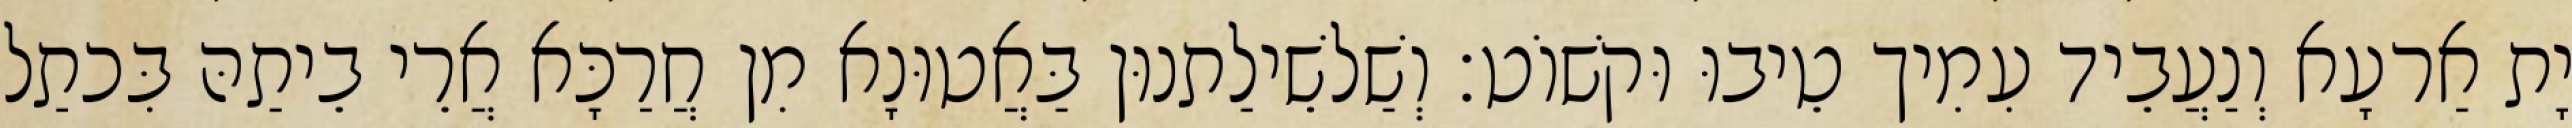
יָת אַרעָא וְנַעֲבֵיד עִמִיך טֵיבוּ וּקשׁוֹט׃ וְשַׁלשֵׁילַתנוּן בַּאֲטוּנָא מִן חֲרַכָּא אֲרֵי בֵיתַהּ בִּכתַל